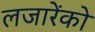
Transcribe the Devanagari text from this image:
लजारेंको